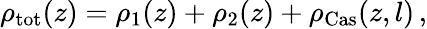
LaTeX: \rho_{\mathrm{tot}}(z)=\rho_{1}(z)+\rho_{2}(z)+\rho_{\mathrm{Cas}}(z,l)\, ,